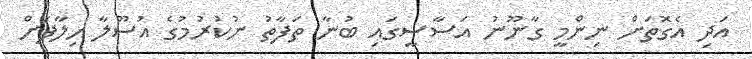
އަދި އެގޮތަށް ނިންމީ ގާނޫނު އަސާސީގައި ބުނާ ތަފާތު ނުކުރުމުގެ އުސޫލާ ހިލާފަށް